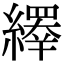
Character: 𦆎